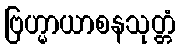
ဗြဟ္မာယာစနသုတ္တံ